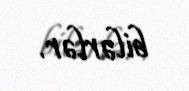
bilərlər.